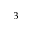
^ { 3 }